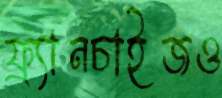
ফ্র্যানচাইজও